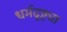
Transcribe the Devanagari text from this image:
धर्मदृष्ट्या